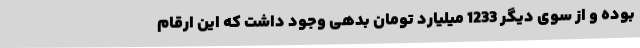
بوده و از سوی دیگر 1233 میلیارد تومان بدهی وجود داشت که این ارقام